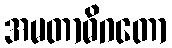
အမတာဓိဂတော